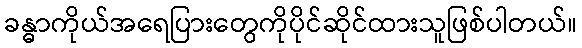
ခန္ဓာကိုယ်အရေပြားတွေကိုပိုင်ဆိုင်ထားသူဖြစ်ပါတယ်။